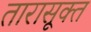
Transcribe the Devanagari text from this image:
तारासूक्त